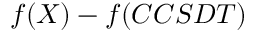
f ( X ) - f ( C C S D T )